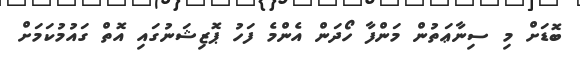
ބޮޑަށް މި ސިނާޢަތުން މަންފާ ހޯދަން އެންމެ ފަހު ޕޮޒިޝަނުގައި އޮތް ގައުމުކަމަށް